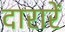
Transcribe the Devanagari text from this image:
दारारें